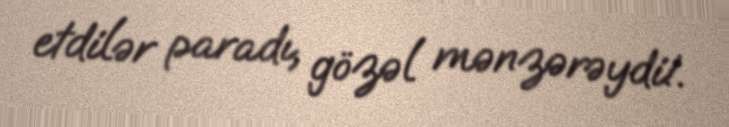
etdilər paradı, gözəl mənzərəydi!.